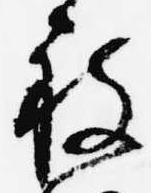
被